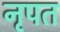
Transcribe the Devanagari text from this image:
नृपत